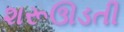
શરૂઊડતી